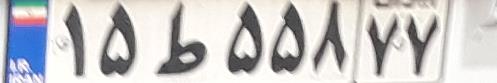
۱۵ط۵۵۸۷۷